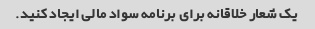
یک شعار خلاقانه برای برنامه سواد مالی ایجاد کنید.